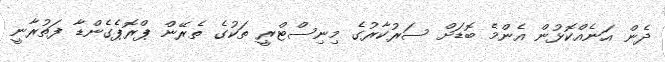
ދެން އަނެއްކޮޅުން އެންމެ ބޮޑަށް ސަރުކާރުގެ މިނިސްޓްރީ ތަކުގެ ތެރޭން ޕްރޮޕެގެންޑާ ފަތުރާނީ